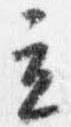
立